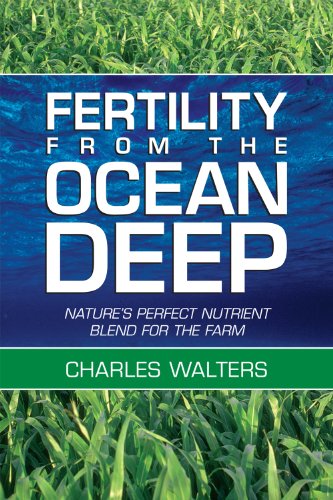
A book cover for Fertility from the Ocean Deep; Charles Walters; Science & Math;